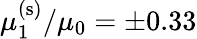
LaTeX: \mu_{1}^{\mathrm{(s)}}/\mu_{0}=\pm 0.33